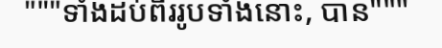
"""ទាំងដប់ពីររូបទាំងនោះ, បាន"""